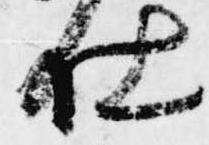
仕